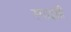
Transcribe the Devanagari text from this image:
स्पाइसी